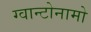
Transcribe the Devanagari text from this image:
ग्वान्टोनामो